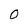
Character: 0